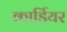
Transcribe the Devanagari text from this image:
कार्डियर